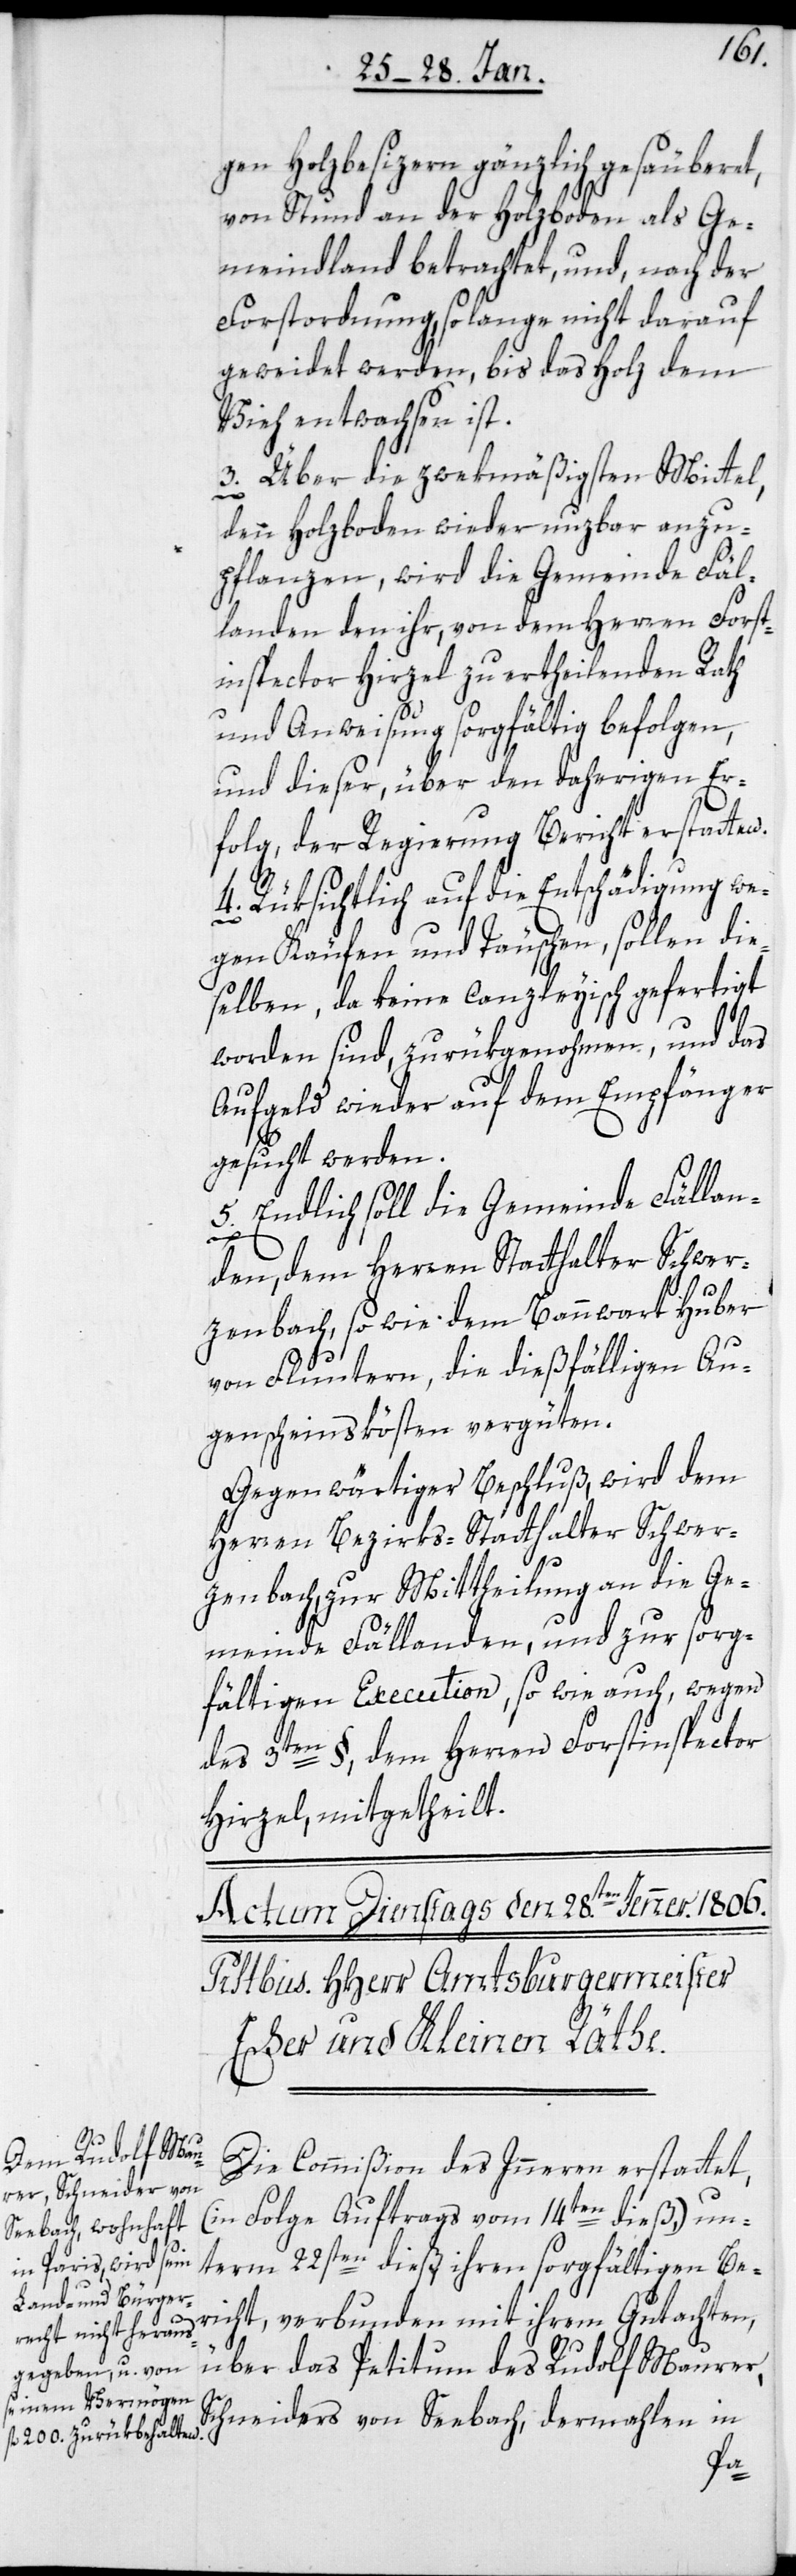
gen Holzbesizern gänzlich gesäuberet,
von Stund an der Holzboden als Ge¬
meindland betrachtet, und, nach der
Forstordnung, so lange nicht darauf
geweidet werden, bis das Holz dem
Vieh entwachsen ist.
3. Über die zwekmäßigsten Mittel,
den Holzboden wieder nuzbar anzu¬
pflanzen, wird die Gemeinde Fäl¬
landen den ihr, von dem Herren Forst¬
inspector Hirzel zu ertheilenden Rath
und Anweisung sorgfältig befolgen,
und dieser, über den daherigen Er¬
folg, der Regierung Bericht erstatten.
4. Rüksichtlich auf die Entschädigung we¬
gen Käufen und Täuschen, sollen die¬
selben, da keine canzleyisch gefertigt
worden sind, zurükgenohmen, und das
Aufgeld wieder auf dem Empfänger
gesucht werden.
5. Endlich soll die Gemeinde Fällan¬
den, dem Herren Statthalter Schwer¬
zenbach, sowie dem Bannwart Huber
von Fluntern, die dießfälligen Au¬
genscheinskösten vergüten.
Gegenwärtiger Beschluß, wird dem
Herren Bezirks-Statthalter Schwer¬
zenbach, zur Mittheilung an die Ge¬
meinde Fällanden, und zur sorg¬
fältigen Execution, so wie auch, wegen
des 3ten §, dem Herren Forstinspector
Hirzel, mitgetheilt.
Die Commißion des Inneren erstattet,
(in Folge Auftrags vom 14ten dieß) un¬
term 22sten dieß ihren sorgfältigen Be¬
richt, verbunden mit ihrem Gutachten,
über das Petitum des Rudolf Maurer,
Schneiders von Seebach, dermahlen in